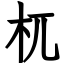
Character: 杌